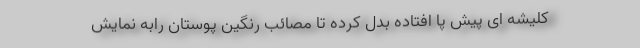
کلیشه ای پیش پا افتاده بدل کرده تا مصائب رنگین پوستان رابه نمایش